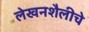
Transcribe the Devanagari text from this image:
लेखनशैलीचे